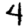
Digit: 4